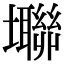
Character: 壣